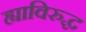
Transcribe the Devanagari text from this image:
ह्याविरुद्ध